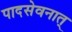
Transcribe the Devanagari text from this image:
पादसेवनात्